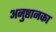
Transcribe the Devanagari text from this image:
अनुष्ठानका